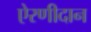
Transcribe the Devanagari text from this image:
ऐरणीदान